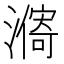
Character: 𣿾